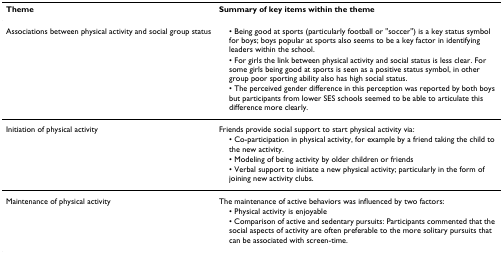
| Theme | Summary of key items within the theme |
 | --- | --- |
 | Associations between physical activity and social group status | • Being good at sports (particularly football or "soccer") is a key status symbol for boys; boys popular at sports also seems to be a key factor in identifying leaders within the school. |
 |  | • For girls the link between physical activity and social status is less clear. For some girls being good at sports is seen as a positive status symbol, in other group poor sporting ability also has high social status. |
 |  | • The perceived gender difference in this perception was reported by both boys but participants from lower SES schools seemed to be able to articulate this difference more clearly. |
 | Initiation of physical activity | Friends provide social support to start physical activity via: |
 |  | • Co-participation in physical activity, for example by a friend taking the child to the new activity. |
 |  | • Modeling of being activity by older children or friends |
 |  | • Verbal support to initiate a new physical activity; particularly in the form of joining new activity clubs. |
 | Maintenance of physical activity | The maintenance of active behaviors was influenced by two factors: |
 |  | • Physical activity is enjoyable |
 |  | • Comparison of active and sedentary pursuits: Participants commented that the social aspects of activity are often preferable to the more solitary pursuits that can be associated with screen-time. |